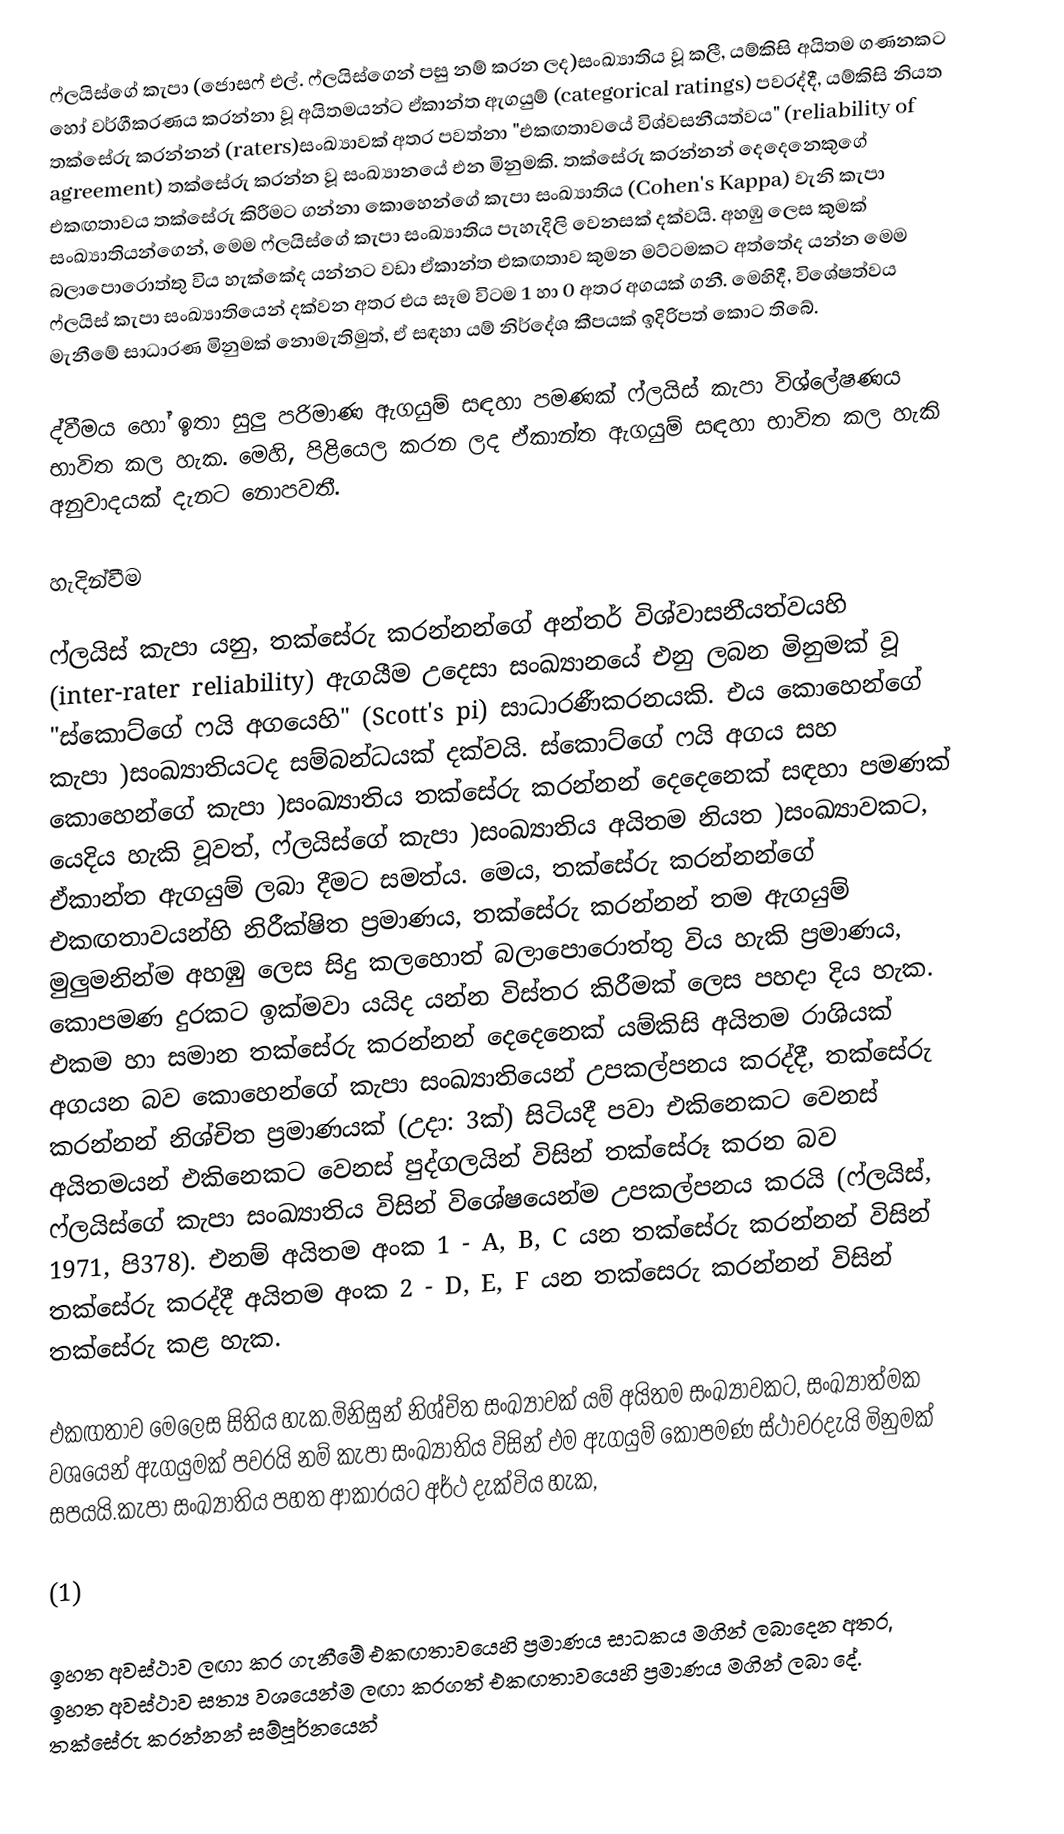
ෆ්ලයිස්ගේ කැපා (ජොසෆ් එල්. ෆ්ලයිස්ගෙන් පසු නම් කරන ලද)සංඛ්‍යාතිය වූ කලී, යම්කිසි අයිතම ගණනකට හෝ වර්ගීකරණය කරන්නා වූ අයිතමයන්ට ඒකාන්ත ඇගයුම් (categorical ratings) පවරද්දී, යම්කිසි නියත තක්සේරු කරන්නන් (raters)සංඛ්‍යාවක් අතර පවත්නා "එකඟතාවයේ විශ්වසනීයත්වය" (reliability of agreement) තක්සේරු කරන්න වූ සංඛ්‍යානයේ එන මිනුමකි. තක්සේරු කරන්නන් දෙදෙනෙකුගේ එකඟතාවය තක්සේරු කිරීමට ගන්නා කොහෙන්ගේ කැපා සංඛ්‍යාතිය (Cohen's Kappa) වැනි කැපා සංඛ්‍යාතියන්ගෙන්, මෙම ෆ්ලයිස්ගේ කැපා සංඛ්‍යාතිය පැහැදිලි වෙනසක් දක්වයි. අහඹු ලෙස කුමක් බලාපොරොත්තු විය හැක්කේද යන්නට වඩා ඒකාන්ත එකඟතාව කුමන මට්ටමකට අත්තේද යන්න මෙම ෆ්ලයිස් කැපා සංඛ්‍යාතියෙන් දක්වන අතර එය සෑම විටම 1 හා 0 අතර අගයක් ගනී. මෙහිදී, විශේෂත්වය මැනීමේ සාධාරණ මිනුමක් නොමැතිමුත්, ඒ සඳහා යම් නිර්දේශ කීපයක් ඉදිරිපත් කොට තිබේ.

ද්වීමය හෝ ඉතා සුලු පරිමාණ ඇගයුම් සඳහා පමණක් ෆ්ලයිස් කැපා  විශ්ලේෂණය භාවිත කල හැක. මෙහි, පිළියෙල කරන ලද ඒකාන්ත ඇගයුම් සඳහා භාවිත කල හැකි අනුවාදයක් දැනට නොපවතී.

හැදින්වීම

ෆ්ලයිස් කැපා යනු, තක්සේරු කරන්නන්ගේ අන්තර් විශ්වාසනීයත්වයහි (inter-rater reliability) ඇගයීම උදෙසා සංඛ්‍යානයේ එනු ලබන මිනුමක් වූ "ස්කොට්ගේ ෆයි අගයෙහි" (Scott's pi) සාධාරණීකරනයකි. එය කොහෙන්ගේ කැපා )සංඛ්‍යාතියටද සම්බන්ධයක් දක්වයි. ස්කොට්ගේ ෆයි අගය සහ කොහෙන්ගේ කැපා )සංඛ්‍යාතිය තක්සේරු කරන්නන් දෙදෙනෙක් සඳහා පමණක් යෙදිය හැකි වූවත්, ෆ්ලයිස්ගේ කැපා )සංඛ්‍යාතිය අයිතම නියත )සංඛ්‍යාවකට, ඒකාන්ත ඇගයුම් ලබා දීමට සමත්ය. මෙය, තක්සේරු කරන්නන්ගේ එකඟතාවයන්හි නිරීක්ෂිත ප්‍රමාණය, තක්සේරු කරන්නන් තම ඇගයුම් මුලුමනින්ම  අහඹු ලෙස සිදු කලහොත් බලාපොරොත්තු විය හැකි ප්‍රමාණය, කොපමණ දුරකට ඉක්මවා යයිද යන්න විස්තර කිරීමක් ලෙස පහදා දිය හැක. එකම හා සමාන තක්සේරු කරන්නන් දෙදෙනෙක් යම්කිසි අයිතම රාශියක් අගයන බව කොහෙන්ගේ කැපා සංඛ්‍යාතියෙන් උපකල්පනය කරද්දී, තක්සේරු කරන්නන් නිශ්චිත ප්‍රමාණයක් (උදා: 3ක්) සිටියදී පවා එකිනෙකට වෙනස් අයිතමයන් එකිනෙකට වෙනස් පුද්ගලයින් විසින් තක්සේරූ කරන බව ෆ්ලයිස්ගේ කැපා සංඛ්‍යාතිය විසින් විශේෂයෙන්ම උපකල්පනය කරයි (ෆ්ලයිස්, 1971, පි378). එනම් අයිතම අංක 1 - A, B, C යන තක්සේරු කරන්නන් විසින් තක්සේරු කරද්දී අයිතම අංක 2 - D, E, F යන තක්සෙරු කරන්නන් විසින් තක්සේරු කළ හැක.

එකඟතාව මෙලෙස සිතිය හැක.මිනිසුන් නිශ්චිත සංඛ්‍යාවක් යම් අයිතම සංඛ්‍යාවකට, සංඛ්‍යාත්මක වශයෙන් ඇගයුමක් පවරයි නම් කැපා සංඛ්‍යාතිය විසින් එම ඇගයුම් කොපමණ ස්ථාවරදැයි මිනුමක් සපයයි.කැපා සංඛ්‍යාතිය  පහත ආකාරයට අර්ථ දැක්විය හැක,

(1)

ඉහත අවස්ථාව ලඟා කර ගැනීමේ එකඟතාවයෙහි ප්‍රමාණය  සාධකය මගින් ලබාදෙන අතර, ඉහත අවස්ථාව සත්‍ය වශයෙන්ම ලඟා කරගත් එකඟතාවයෙහි ප්‍රමාණය  මගින් ලබා දේ. තක්සේරු කරන්නන් සම්පූර්නයෙන්